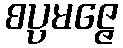
စပ္ပမဇ္ဇေ